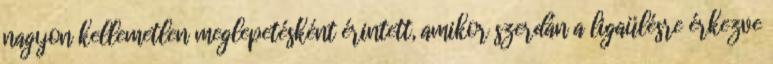
nagyon kellemetlen meglepetésként érintett, amikor szerdán a ligaülésre érkezve